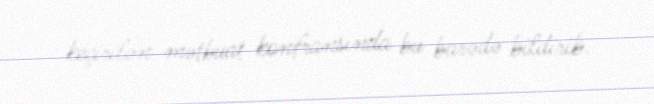
keçirilən mətbuat konfransında bu barədə bildirib.